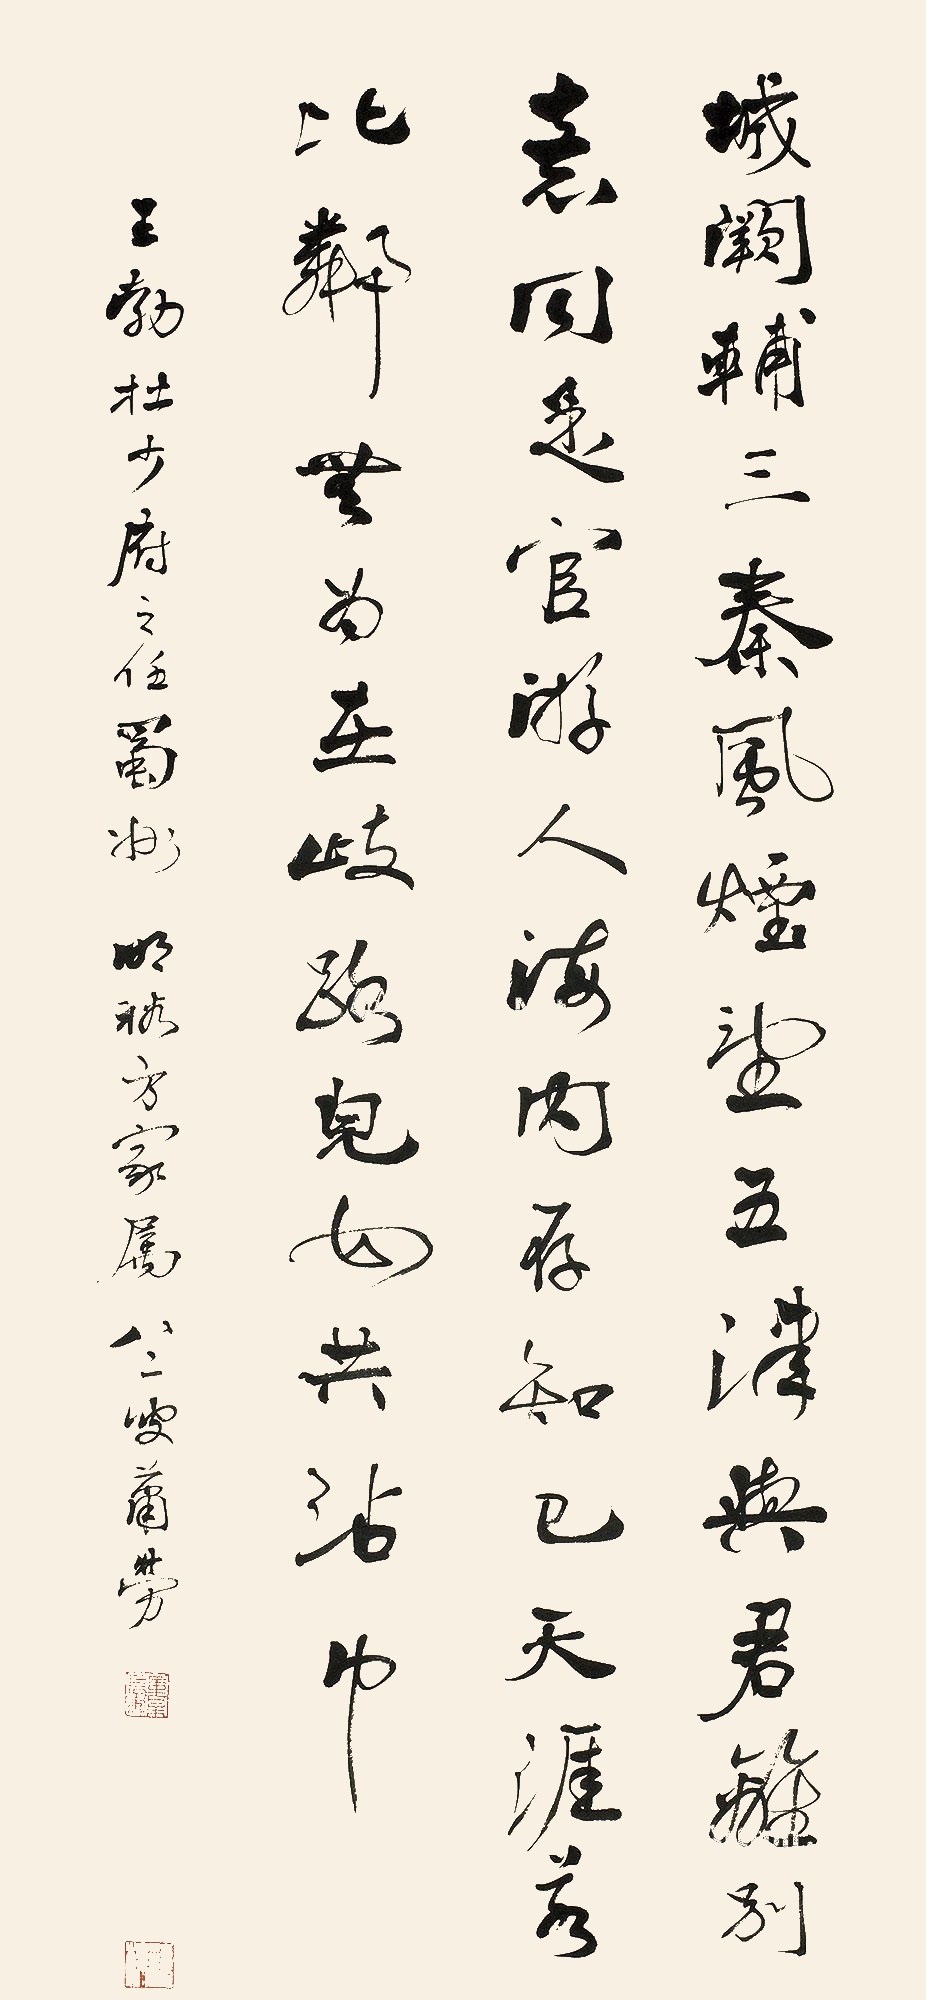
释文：城阙辅三秦，风烟望五津。与君离别意，同是宦游人。海内存知己，天涯若比邻。无为在歧路，儿女共沾巾。王勃杜少府之任蜀州，明裕方家属，八二叟萧劳。